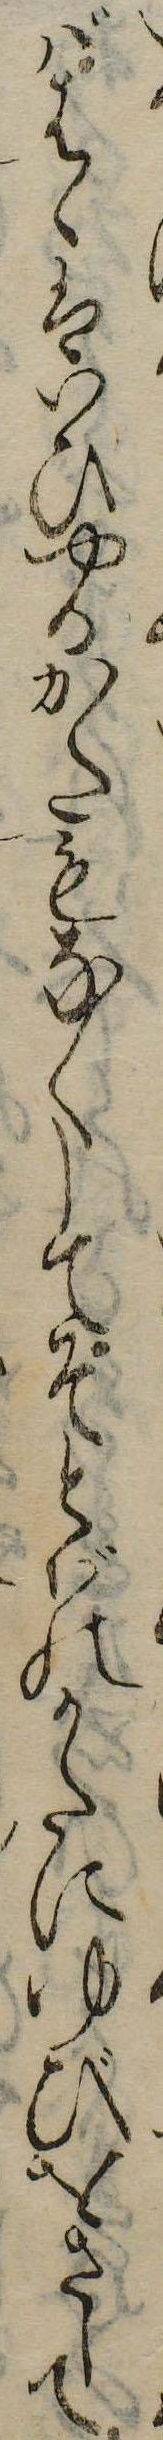
ばはゝはいひやるかたもなくしてそとばのかたにゆびをさして